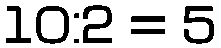
10:2 = 5